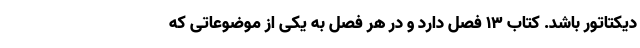
دیکتاتور باشد. کتاب ۱۳ فصل دارد و در هر فصل به یکی از موضوعاتی که